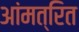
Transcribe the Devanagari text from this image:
आंमत्रित